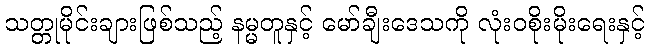
သတ္တုမိုင်းချားဖြစ်သည့် နမ္မတူနှင့် မော်ချီးဒေသကို လုံးဝစိုးမိုးရေးနှင့်